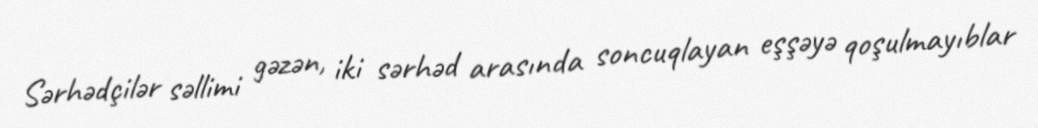
Sərhədçilər səllimi gəzən, iki sərhəd arasında soncuqlayan eşşəyə qoşulmayıblar